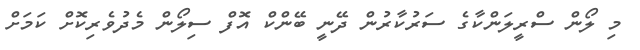
މި ލޯން ސްރީލަންކާގެ ސަރުކާރުން ދޭނީ ބޭންކް އޮފް ސިލޯން މެދުވެރިކޮށް ކަމަށް